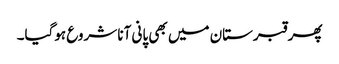
پھر قبرستان میں بھی پانی آنا شروع ہوگیا۔